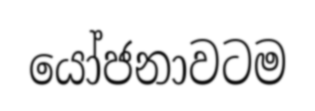
යෝජනාවටම